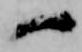
一